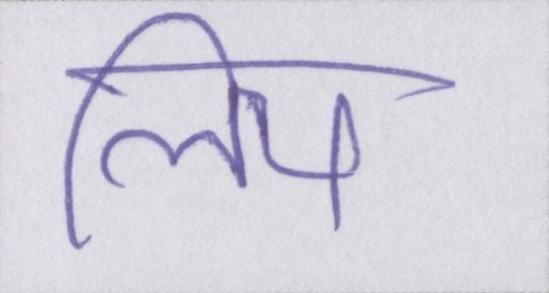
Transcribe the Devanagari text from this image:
लिय